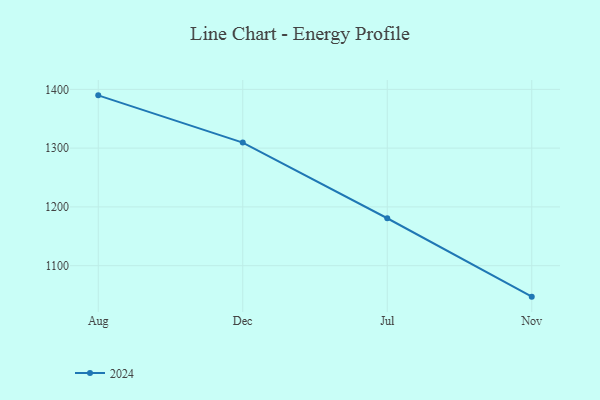
{"axis": {"x": "Month", "y": "Demand Index"}, "legend": ["2024"], "data": [{"x": "Aug", "y": 1389.8, "type": "2024"}, {"x": "Dec", "y": 1309.5, "type": "2024"}, {"x": "Jul", "y": 1180.7, "type": "2024"}, {"x": "Nov", "y": 1047.3, "type": "2024"}]}